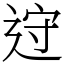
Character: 䢘